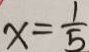
x = \frac { 1 } { 5 }